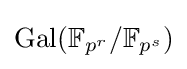
\operatorname {Gal} (\mathbb {F} _{p^{r}}/\mathbb {F} _{p^{s}})